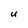
Character: U